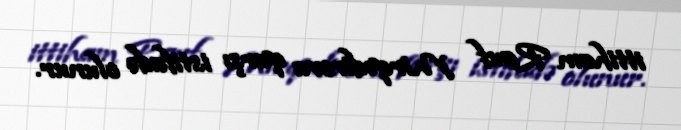
ittiham Rauf Mirqədirova qarşı istifadə olunur.